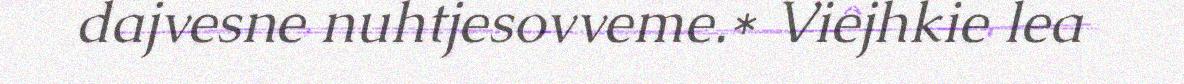
dajvesne nuhtjesovveme.* Viejhkie lea